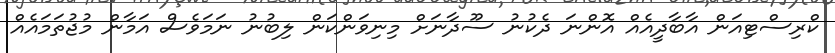
ކްރިސްޓިއަން އާބާދީއެއް އޮންނަ ދެކުނު ސޫދާނަށް މިނިވަންކަން ލިބުނު ނަމަވެސް އަމާން މުޖުތަމައެއް